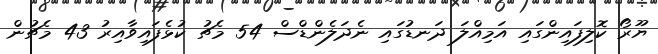
ޔޫރޯ ކޮލިފައިންގައި އަމިއްލަ ދަނޑުގައި ނެދަލެންޑްސް 54 މެޗު ކުޅެފައިވާއިރު 43 މެޗުން